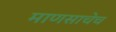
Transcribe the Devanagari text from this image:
माणसाचेच